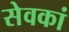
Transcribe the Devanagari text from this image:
सेवकां